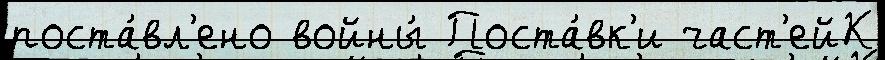
поста́вл'ено войны́ Поста́вк'и част'ейК